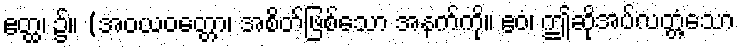
ဧတ္ထ၊ ၌။ (အဝယဝတ္တော၊ အစိတ်ဖြစ်သော အနက်ကို။ ဧဝံ၊ ဤဆိုအပ်လတ္တံ့သော